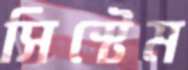
সিস্টেম